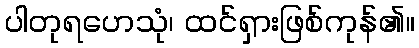
ပါတုရဟေသုံ၊ ထင်ရှားဖြစ်ကုန်၏။